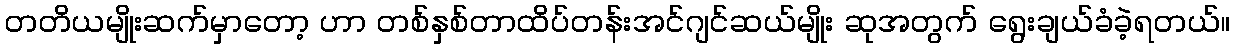
တတိယမျိုးဆက်မှာတော့ ဟာ တစ်နှစ်တာထိပ်တန်းအင်ဂျင်ဆယ်မျိုး ဆုအတွက် ရွေးချယ်ခံခဲ့ရတယ်။